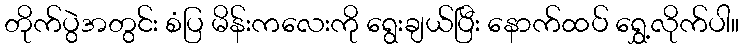
တိုက်ပွဲအတွင်း စံပြ မိန်းကလေးကို ရွေးချယ်ပြီး နောက်ထပ် ရွှေ့လိုက်ပါ။